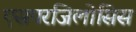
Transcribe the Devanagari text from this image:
एसपरजिलोसिस